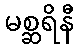
မစ္ဆရိနီ